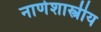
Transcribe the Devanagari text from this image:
नाणेशास्त्रीय